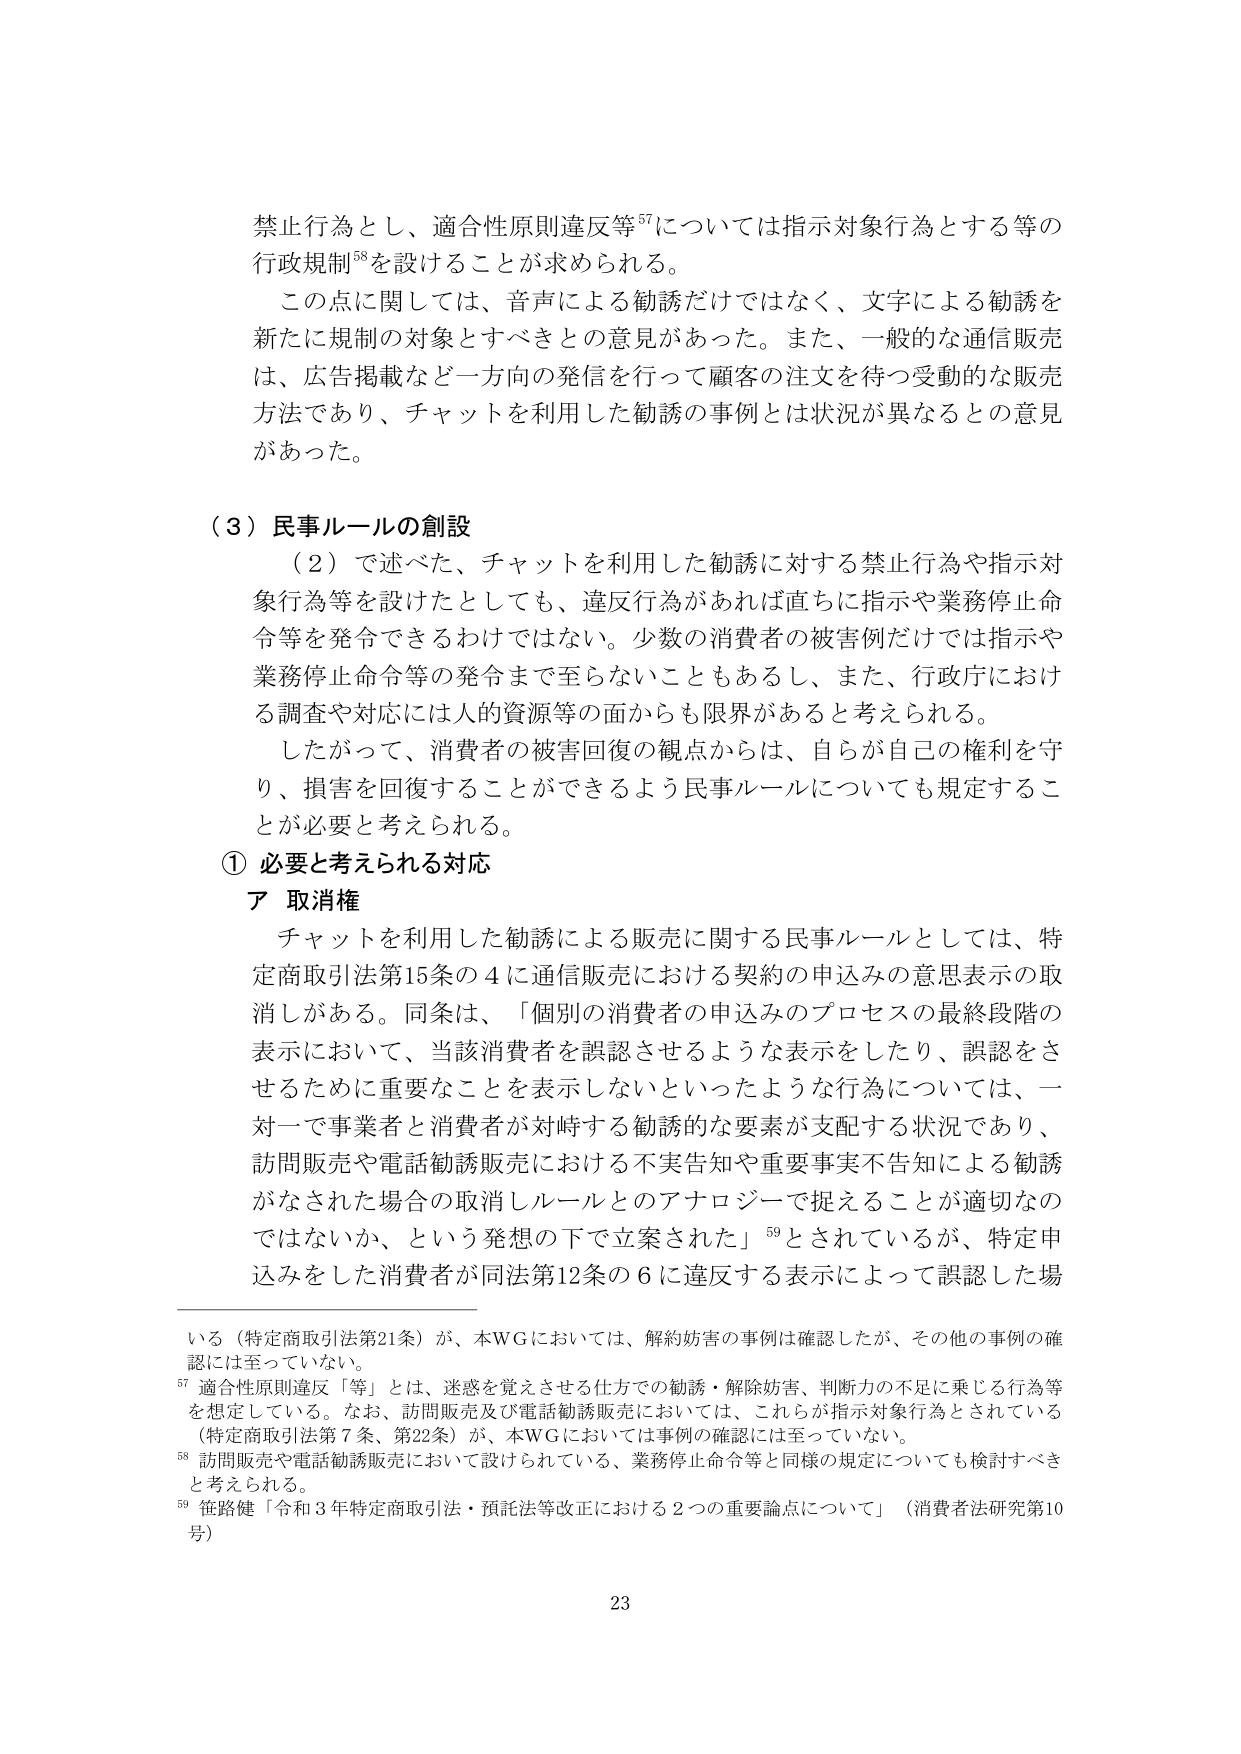
禁止行為とし、適合性原則違反等⁵⁷については指示対象行為とする等の
行政規制⁵⁸を設けることが求められる。

この点に関しては、音声による勧誘だけではなく、文字による勧誘を
新たに規制の対象とすべきとの意見があった。また、一般的な通信販売
は、広告掲載など一方向の発信を行って顧客の注文を待つ受動的な販売
方法であり、チャットを利用した勧誘の事例とは状況が異なるとの意見
があった。

（３）民事ルールの創設
（２）で述べた、チャットを利用した勧誘に対する禁止行為や指示対
象行為等を設けたとしても、違反行為があれば直ちに指示や業務停止命
令等を発令できるわけではない。少数の消費者の被害例だけでは指示や
業務停止命令等の発令まで至らないこともあるし、また、行政庁におけ
る調査や対応には人的資源等の面からも限界があると考えられる。
したがって、消費者の被害回復の観点からは、自らが自己の権利を守
り、損害を回復することができるよう民事ルールについても規定するこ
とが必要と考えられる。

① 必要と考えられる対応
ア 取消権
チャットを利用した勧誘による販売に関する民事ルールとしては、特
定商取引法第15条の4に通信販売における契約の申込みの意思表示の取
消しがある。同条は、「個別の消費者の申込みのプロセスの最終段階の
表示において、当該消費者を誤認させるような表示をしたり、誤認をさ
せるために重要なことを表示しないといったような行為については、一
対一で事業者と消費者が対峙する勧誘的な要素が支配する状況であり、
訪問販売や電話勧誘販売における不実告知や重要事実不告知による勧誘
がなされた場合の取消しルールとのアナロジーで捉えることが適切なの
ではないか、という発想の下で立案された」⁵⁹とされているが、特定申
込みをした消費者が同法第12条の6に違反する表示によって誤認した場

いる（特定商取引法第21条）が、本WGにおいては、解約妨害の事例は確認したが、その他の事例の確
認には至っていない。
⁵⁷ 適合性原則違反「等」とは、迷惑を覚えさせる仕方での勧誘・解除妨害、判断力の不足に乗じる行為等
を想定している。なお、訪問販売及び電話勧誘販売においては、これらが指示対象行為とされている
（特定商取引法第7条、第22条）が、本WGにおいては事例の確認には至っていない。
⁵⁸ 訪問販売や電話勧誘販売において設けられている、業務停止命令等と同様の規定についても検討すべき
と考えられる。
⁵⁹ 笹路健「令和3年特定商取引法・預託法等改正における2つの重要論点について」（消費者法研究第10
号）

23